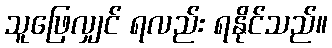
သူဖြေလျှင် ရလည်း ရနိုင်သည်။